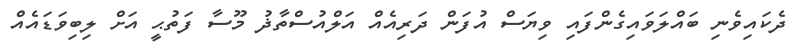
ދެކައިވެނި ބައްލަވައިގެންފައި ވިޔަސް އުފަން ދަރިއެއް އަލްއުސްތާޛު މޫސާ ފަތުޙީ އަށް ލިބިވަޑައެއް